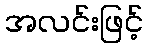
အလင်းဖြင့်